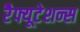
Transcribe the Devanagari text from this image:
रेैफ्यूटेशन्स